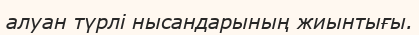
алуан түрлі нысандарының жиынтығы.